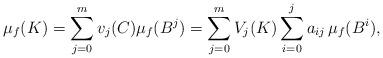
LaTeX: \begin{align*} \mu_f(K) = \sum_{j=0}^m v_j(C) \mu_f(B^j) = \sum_{j=0}^m V_j(K) \sum_{i=0}^j a_{ij}\, \mu_f(B^i) ,\end{align*}